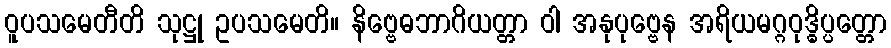
ဝူပသမေတီတိ သုဋ္ဌု ဥပသမေတိ။ နိဗ္ဗေဓဘာဂိယတ္တာ ဝါ အနုပုဗ္ဗေန အရိယမဂ္ဂဝုဒ္ဓိပ္ပတ္တော